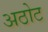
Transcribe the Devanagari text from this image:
अठोट